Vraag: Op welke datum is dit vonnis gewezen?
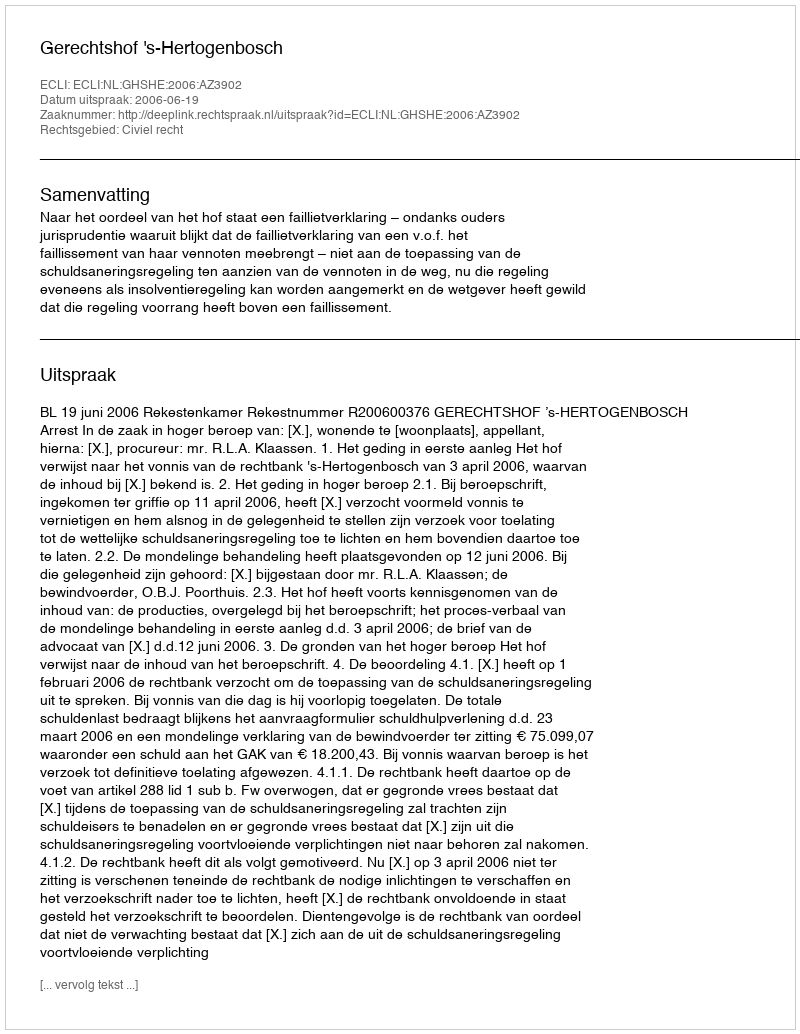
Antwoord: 2006-06-19